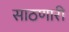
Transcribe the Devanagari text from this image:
साठणारी